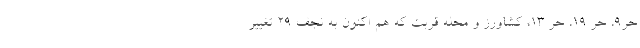
حر۹، حر ۱۹، حر ۱۳، کشاورز و محله قربت که هم اکنون به نجف ۲۹ تغییر